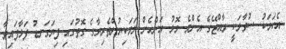
އެކަމަކު ސުވާލަކީ ރާއްޖޭގެ އެންމެ މޮޅު އަންހެން ލަވަކިޔުންތެރިޔާގެ ގޮތުގައި ފިޔަގަނޑު ފަޅާފައިވާ